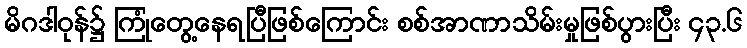
မိဂဒါဝုန်၌ ကြုံတွေ့နေရပြီဖြစ်ကြောင်း စစ်အာဏာသိမ်းမှုဖြစ်ပွားပြီး ၄၃.၆